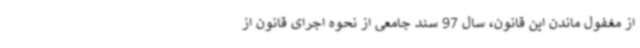
از مغفول ماندن این قانون، سال 97 سند جامعی از نحوه اجرای قانون از